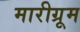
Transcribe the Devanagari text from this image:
मारीग्रूम